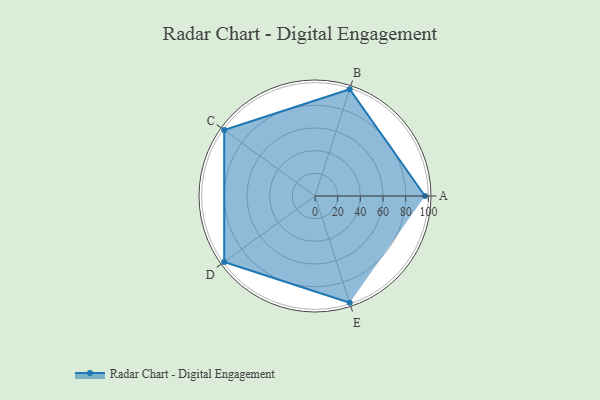
{"axis": {"x": "Skill", "y": "Score"}, "legend": ["Profile"], "data": [{"x": "A", "y": 97.0, "type": "Profile"}, {"x": "B", "y": 99.0, "type": "Profile"}, {"x": "C", "y": 99, "type": "Profile"}, {"x": "D", "y": 99, "type": "Profile"}, {"x": "E", "y": 99, "type": "Profile"}]}